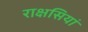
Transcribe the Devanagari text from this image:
राक्षसियां